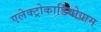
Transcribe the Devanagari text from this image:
एलेक्ट्रोकार्डियोग्राम